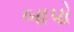
બાપો